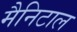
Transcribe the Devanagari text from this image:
मैनिटाल